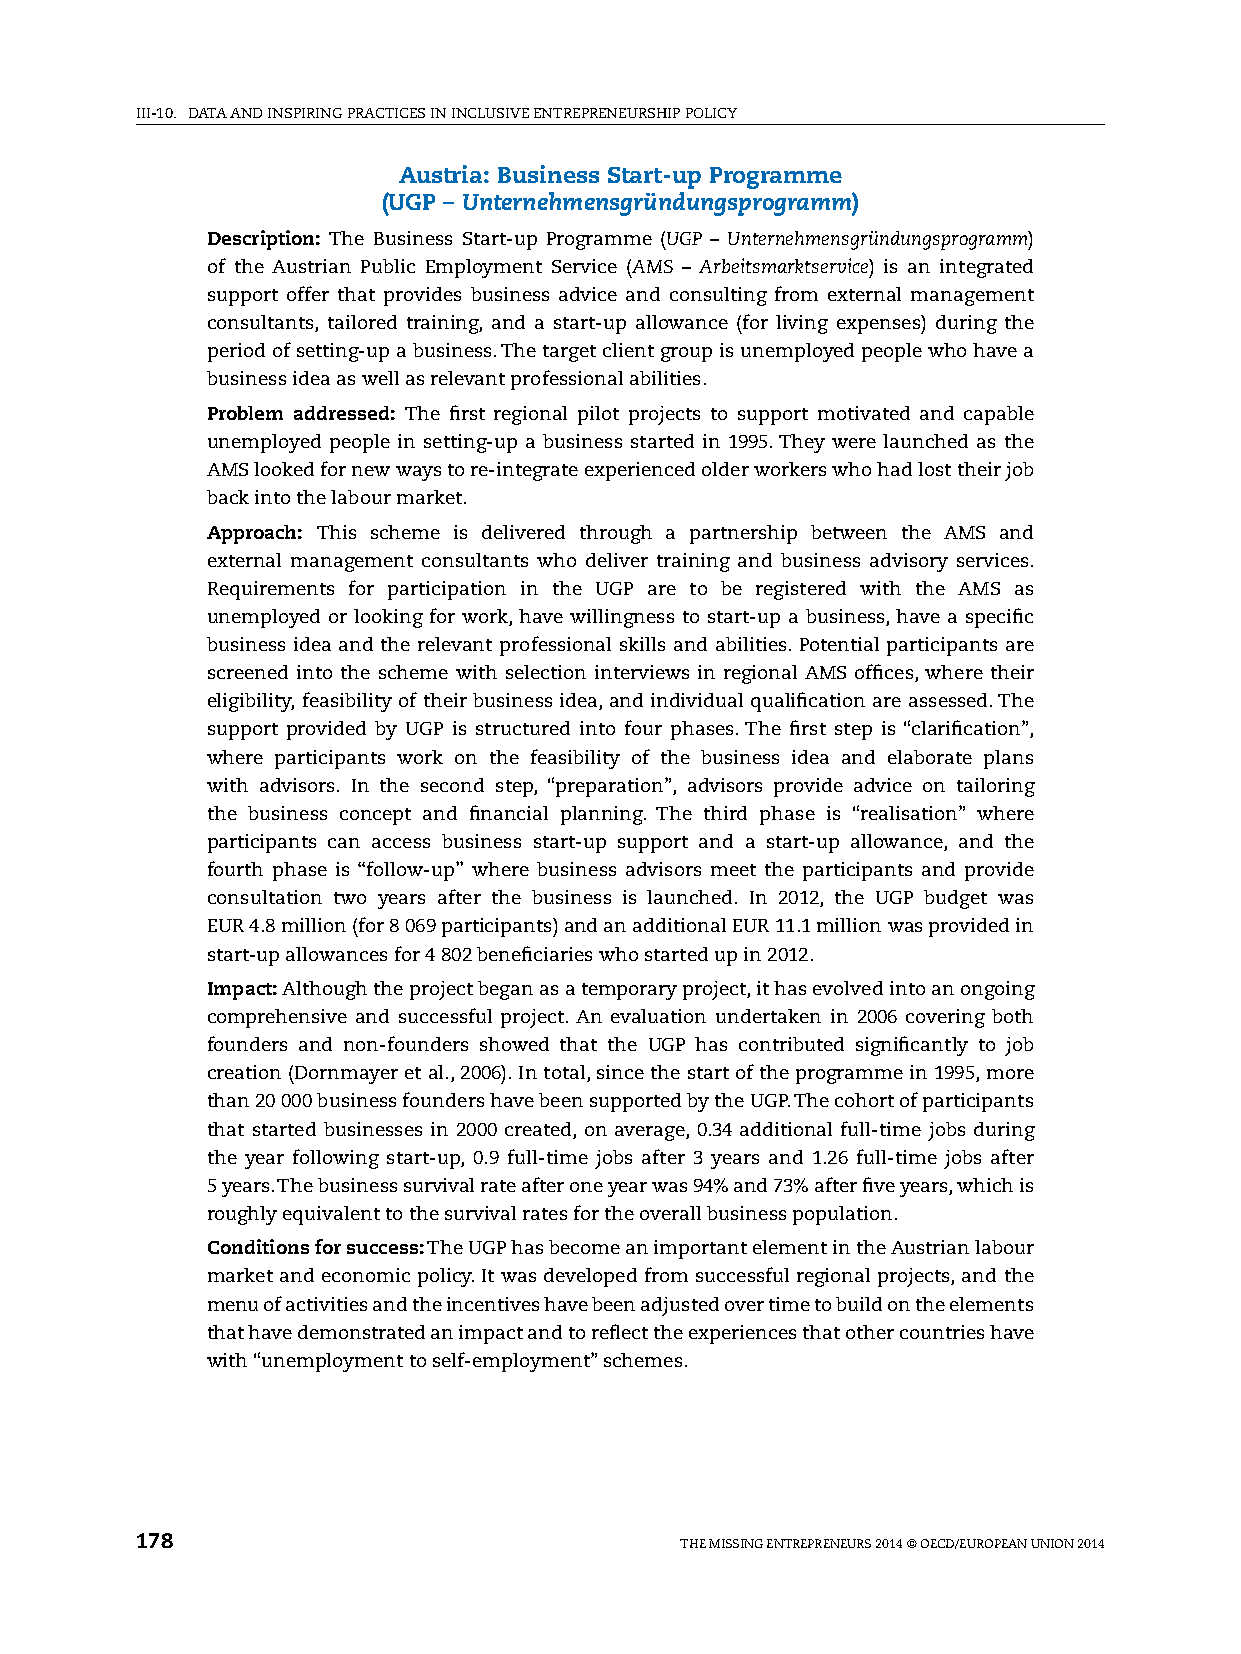
iii-10. DATA AnD inspiring prACTiCes in inClusive enTrepreneurship pOliCy
 Austria: Business Start-up Programme
 (UGP – Unternehmensgründungsprogramm)
 Description: The Business start-up programme (UGP – Unternehmensgründungsprogramm)
 of the Austrian public employment service (AMS – Arbeitsmarktservice) is an integrated
 support offer that provides business advice and consulting from external management
 consultants, tailored training, and a start-up allowance (for living expenses) during the
 period of setting-up a business. The target client group is unemployed people who have a
 business idea as well as relevant professional abilities.
 Problem addressed: The first regional pilot projects to support motivated and capable
 unemployed people in setting-up a business started in 1995. They were launched as the
 AMs looked for new ways to re-integrate experienced older workers who had lost their job
 back into the labour market.
 Approach: This scheme is delivered through a partnership between the AMs and
 external management consultants who deliver training and business advisory services.
 requirements for participation in the ugp are to be registered with the AMs as
 unemployed or looking for work, have willingness to start-up a business, have a specific
 business idea and the relevant professional skills and abilities. potential participants are
 screened into the scheme with selection interviews in regional AMs offices, where their
 eligibility, feasibility of their business idea, and individual qualification are assessed. The
 support provided by ugp is structured into four phases. The first step is “clarification”,
 where participants work on the feasibility of the business idea and elaborate plans
 with advisors. in the second step, “preparation”, advisors provide advice on tailoring
 the business concept and financial planning. The third phase is “realisation” where
 participants can access business start-up support and a start-up allowance, and the
 fourth phase is ‘‘follow-up’’ where business advisors meet the participants and provide
 consultation two years after the business is launched. in 2012, the ugp budget was
 eur 4.8 million (for 8 069 participants) and an additional eur 11.1 million was provided in
 start-up allowances for 4 802 beneficiaries who started up in 2012.
 Impact: Although the project began as a temporary project, it has evolved into an ongoing
 comprehensive and successful project. An evaluation undertaken in 2006 covering both
 founders and non-founders showed that the ugp has contributed significantly to job
 creation (Dornmayer et al., 2006). in total, since the start of the programme in 1995, more
 than 20 000 business founders have been supported by the ugp. The cohort of participants
 that started businesses in 2000 created, on average, 0.34 additional full-time jobs during
 the year following start-up, 0.9 full-time jobs after 3 years and 1.26 full-time jobs after
 5 years. The business survival rate after one year was 94% and 73% after five years, which is
 roughly equivalent to the survival rates for the overall business population.
 Conditions for success: The ugp has become an important element in the Austrian labour
 market and economic policy. it was developed from successful regional projects, and the
 menu of activities and the incentives have been adjusted over time to build on the elements
 that have demonstrated an impact and to reflect the experiences that other countries have
 with “unemployment to self-employment” schemes.
 178                                 The Missing enTrepreneurs 2014 © OeCD/eurOpeAn uniOn 2014